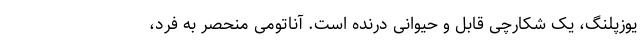
یوزپلنگ، یک شکارچی قابل و حیوانی درنده است. آناتومی منحصر به فرد،